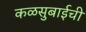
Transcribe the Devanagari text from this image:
कळसुबाईची